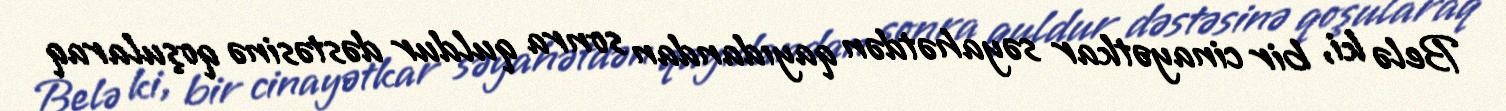
Belə ki, bir cinayətkar səyahətdən qayıdandan sonra quldur dəstəsinə qoşularaq